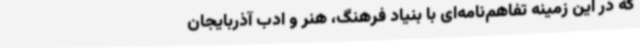
که در این زمینه تفاهم‌نامه‌ای با بنیاد فرهنگ، هنر و ادب آذربایجان